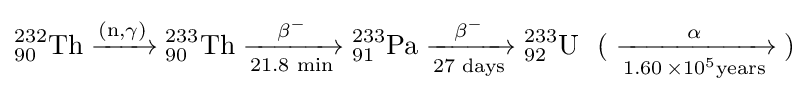
{{\mathrm {^{232}_{90}Th} }{}\mathrel {\xrightarrow {{\text{(n,}}\mathrm {\gamma } {\text{)}}} } {}{\mathrm {^{233}_{90}Th} }{}\mathrel {\xrightarrow[{\text{21.8 min}}]{\mathrm {\beta } {\vphantom {A}}^{-}}} {}{\mathrm {^{233}_{91}Pa} }{}\mathrel {\xrightarrow[{\text{27 days}}]{\mathrm {\beta } {\vphantom {A}}^{-}}} {}{\mathrm {^{233}_{92}U} }~\ ({}\mathrel {\xrightarrow[{1.60\,\times 10{\vphantom {A}}^{5}{\text{years}}}]{\mathrm {\alpha } }} {})}